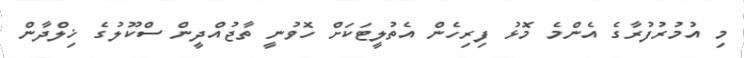
މި އުމުރުފުރާގެ އެންމެ މޮޅު ފިރިހެން އެތުލީޓަކަށް ހޮވުނީ ތާޖުއްދީން ސްކޫލުގެ ޚިލްދާން